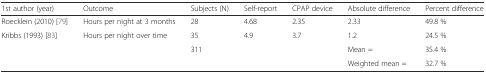
| 1st author (year) | Outcome | Subjects (N) | Self-report | CPAP device | Absolute difference | Percent difference |
 | --- | --- | --- | --- | --- | --- | --- |
 | Roecklein (2010) [79] | Hours per night at 3 months | 28 | 4.68 | 2.35 | 2.33 | 49.8 % |
 | Kribbs (1993) [83] | Hours per night over time | 35 | 4.9 | 3.7 | 1.2 | 24.5 % |
 |  |  | 311 |  |  | Mean = | 35.4 % |
 |  |  |  |  |  | Weighted mean = | 32.7 % |